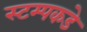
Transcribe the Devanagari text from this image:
स्टम्पकडे